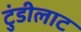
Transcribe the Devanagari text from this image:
टुंडीलाट